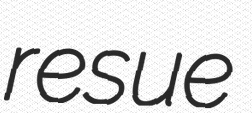
resue